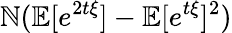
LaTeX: \mathbb{N}(\mathbb{{E}}[e^{2t\xi}]-\mathbb{{E}}[e^{t\xi}]^{2})